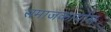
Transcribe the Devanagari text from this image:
समाजकार्यास